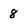
Character: 8